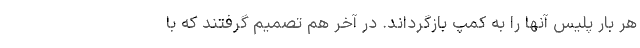
هر بار پلیس آنها را به کمپ بازگرداند. در آخر هم تصمیم گرفتند که با